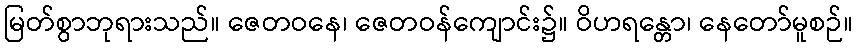
မြတ်စွာဘုရားသည်။ ဇေတဝနေ၊ ဇေတဝန်ကျောင်း၌။ ဝိဟရန္တော၊ နေတော်မူစဉ်။